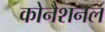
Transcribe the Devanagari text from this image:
कोनैशनल